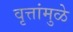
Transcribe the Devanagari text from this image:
वृत्तांमुळे